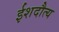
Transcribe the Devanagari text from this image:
ईशदौत्य